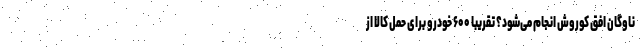
ناوگان افق کوروش انجام می‌شود؟ تقریبا ۶۰۰ خودرو برای حمل کالا از